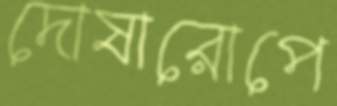
দোষারোপে